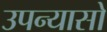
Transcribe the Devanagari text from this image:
उपन्यासो